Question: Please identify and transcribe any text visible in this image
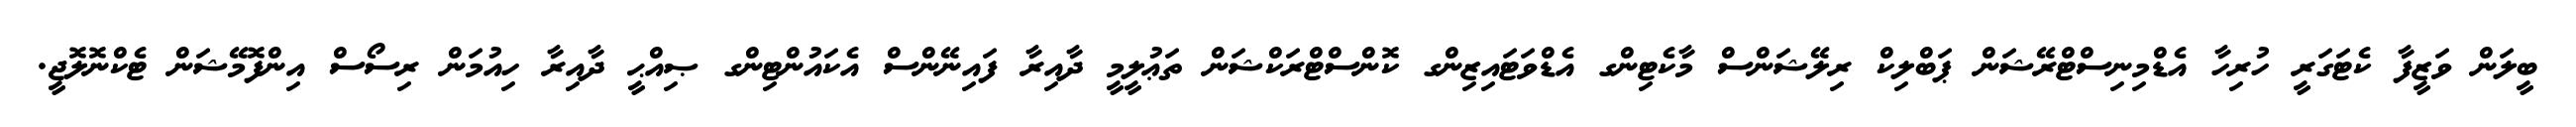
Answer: ބީލަން ވަޒީފާ ކެޓަގަރީ ހުރިހާ އެޑްމިނިސްޓްރޭޝަން ޕަބްލިކް ރިލޭޝަންސް މާކެޓިންގ އެޑްވަޓައިޒިންގ ކޮންސްޓްރަކްޝަން ތަޢުލީމީ ދާއިރާ ފައިނޭންސް އެކައުންޓިންގ ޞިއްޙީ ދާއިރާ ހިއުމަން ރިސޯސް އިންފޮމޭޝަން ޓެކްނޮލޮޖީ.